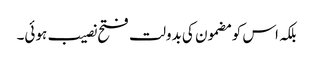
بلکہ اس کو مضمون کی بدولت فتح نصیب ہوئی۔